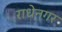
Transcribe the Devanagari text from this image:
राधेनगर